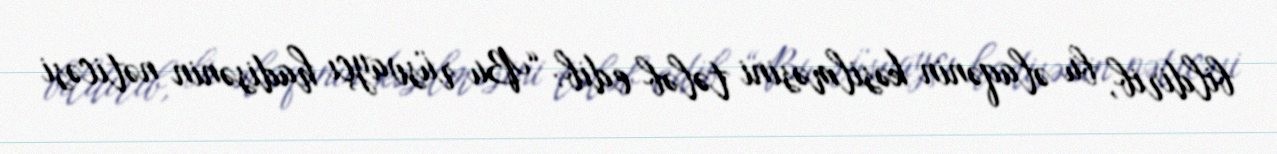
bildirib, bu əlaqənin kəsilməsini tələb edib: “Bu rüsvayçı hadisənin nəticəsi